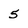
Character: 5